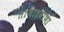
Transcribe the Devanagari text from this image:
ताजातवाणा